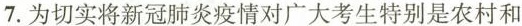
7.为切实将新冠肺炎疫情对广大考生特别是农村和